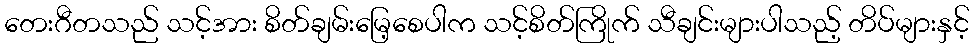
တေးဂီတသည် သင့်အား စိတ်ချမ်းမြေ့စေပါက သင့်စိတ်ကြိုက် သီချင်းများပါသည့် တိပ်များနှင့်